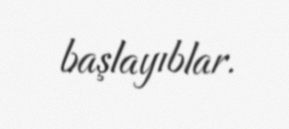
başlayıblar.